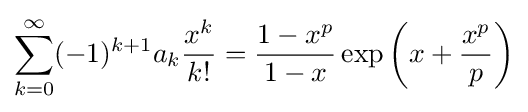
\sum _{k=0}^{\infty }(-1)^{k+1}a_{k}{\frac {x^{k}}{k!}}={\frac {1-x^{p}}{1-x}}\exp \left(x+{\frac {x^{p}}{p}}\right)